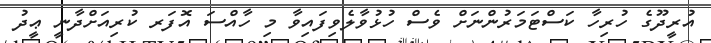
އުރީދޫގެ ހުރިހާ ކަސްޓަމަރުންނަށް ވެސް ހުޅުވާލެވިފައިވާ މި ހާއްސަ އޮފަރ ކުރިއަށްދާނީ ޢީދު